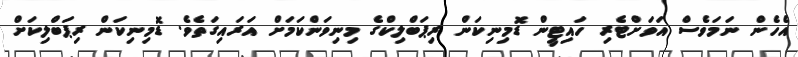
އެހެން ނަމަވެސް އަވަށްޓެރި ހައިޓީން ޑޮމިނިކަން ރިޕަބްލިކްގެ މިނިވަންކަމަށް އަރައިގަތެވެ. ޑޮމިނިކަން ރިޕަބްލިކަށް